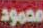
محمود